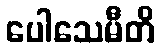
ပေါသေမီတိ